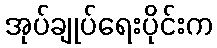
အုပ်ချုပ်ရေးပိုင်းက